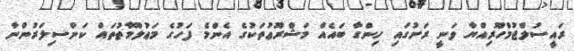
ރައީސުލްޖުމްހޫރިއްޔާ ވަނީ ރަށުގައި ހިންގާ ބައެއް މަޝްރޫޢުތަކުގެ އެންމެ ފަހުގެ މަޢުލޫމާތުތައް ކަންސިލަރުންނާ